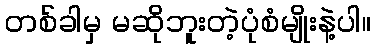
တစ်ခါမှ မဆိုဘူးတဲ့ပုံစံမျိုးနဲ့ပါ။